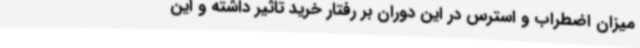
میزان اضطراب و استرس در این دوران بر رفتار خرید تاثیر داشته و این